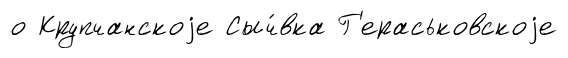
о Крупчанскоjе Сыч́вка Г'ераськовскоjе